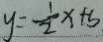
y = \frac { 1 } { 2 } x + b